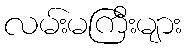
လမ်းမကြီးများ